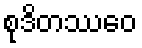
စုဒိတဿေဝ